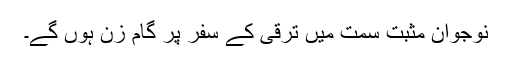
نوجوان مثبت سمت میں ترقی کے سفر پر گام زن ہوں گے۔